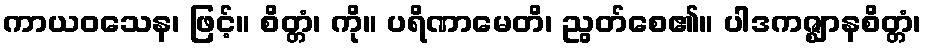
ကာယဝသေန၊ ဖြင့်။ စိတ္တံ၊ ကို။ ပရိဏာမေတိ၊ ညွတ်စေ၏။ ပါဒကဇ္ဈာနစိတ္တံ၊